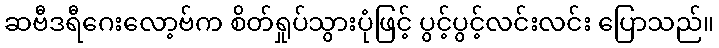
ဆဗီဒရီဂေးလော့ဗ်က စိတ်ရှုပ်သွားပုံဖြင့် ပွင့်ပွင့်လင်းလင်း ပြောသည်။